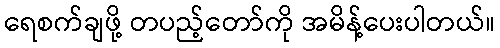
ရေစက်ချဖို့ တပည့်တော်ကို အမိန့်ပေးပါတယ်။